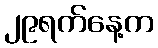
၂၉ရက်နေ့က